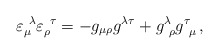
\begin{align*}\varepsilon_{\mu}^{\ \lambda}\varepsilon_{\rho}^{\ \tau}=-g_{\mu\rho}g^{\lambda\tau}+g^{\lambda}_{\ \rho}g^{\tau}_{\ \mu}\,,\end{align*}